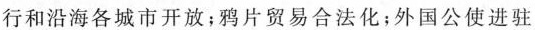
行和沿海各城市开放；鸦片贸易合法化；外国公使进驻